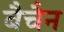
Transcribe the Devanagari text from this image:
बैचैन